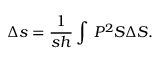
\Delta s = \frac { 1 } { s h } \int \d z \, P ^ { 2 } S \Delta S .